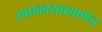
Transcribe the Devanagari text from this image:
उपप्रकाराप्रमाणेच